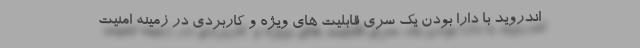
اندروید با دارا بودن یک سری قابلیت های ویژه و کاربردی در زمینه امنیت